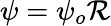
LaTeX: \psi=\psi_{o}\mathcal{R}